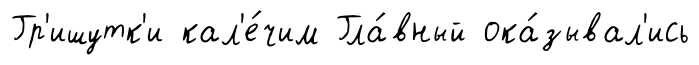
Гр'ишутк'и кал'е́чим Гла́вный ока́зывал'ись